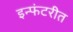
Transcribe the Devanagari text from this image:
इन्फंटरीत